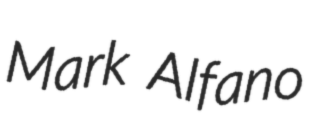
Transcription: Mark Alfano